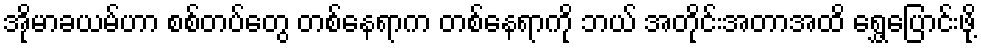
အိုမာခယမ်ဟာ စစ်တပ်တွေ တစ်နေရာက တစ်နေရာကို ဘယ် အတိုင်းအတာအထိ ရွှေ့ပြောင်းဖို့